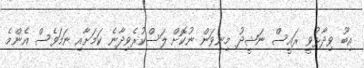
އިބޫ ވިދާޅުވީ ރައީސް ނަޝީދު މިނިވަން ނުކޮށް ލަސްކުރެވިދާނެ ކަަމަށާއި ނަމަވެސް އެންމެ